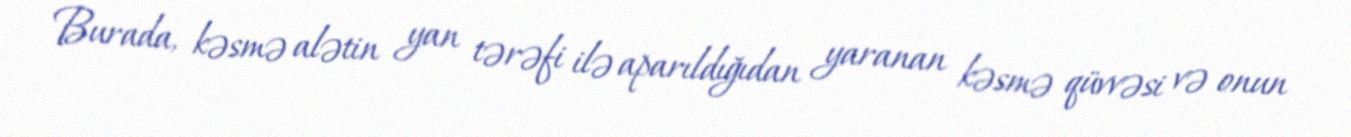
Burada, kəsmə alətin yan tərəfi ilə aparıldığıdan yaranan kəsmə qüvvəsi və onun